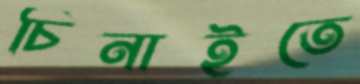
চিনাইতে